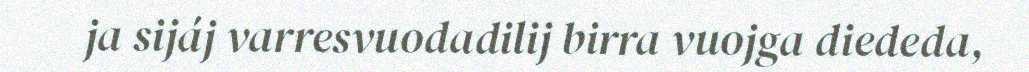
ja sijáj varresvuodadilij birra vuojga diededa,